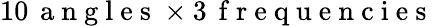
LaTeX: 10\, \mathrm{~a~n~g~l~e~s~}\times 3\, \mathrm{~f~r~e~q~u~e~n~c~i~e~s~}